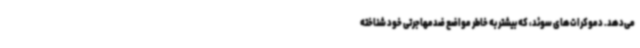
می‌دهد. دموکرات‌های سوئد، که بیشتر به خاطر مواضع ضدمهاجرتی خود شناخته